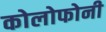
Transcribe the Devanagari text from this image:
कोलोफोनी